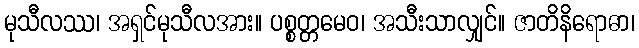
မုသီလဿ၊ အရှင်မုသီလအား။ ပစ္စတ္တမေဝ၊ အသီးသာလျှင်။ ဇာတိနိရောဓာ၊